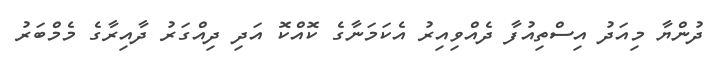
ދުންޔާ މިއަދު އިސްތިއުފާ ދެއްވިއިރު އެކަމަނާގެ ކޮއްކޮ އަދި ދިއްގަރު ދާއިރާގެ މެމްބަރު